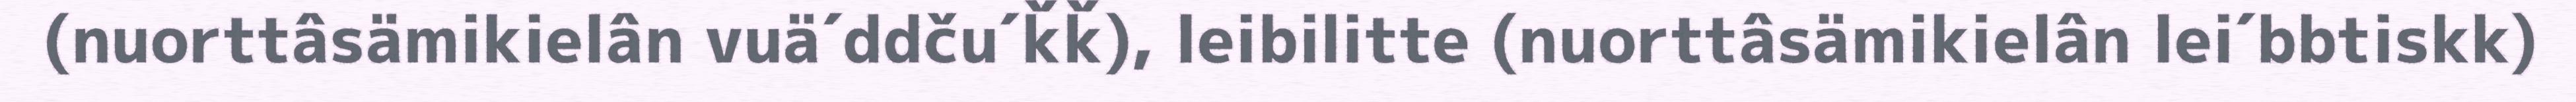
(nuorttâsämikielân vuä´ddču´ǩǩ), leibilitte (nuorttâsämikielân lei´bbtiskk)